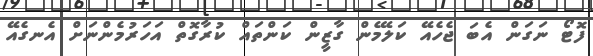
ފޮޓޯ ނަގަން އެބަ ޖެހެއޭ ކަލޭމެން ގާޒީން ކަންތައް ކުރާގޮތް އަހަރުމެންނަށް އެނގެއޭ